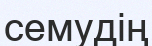
семудің